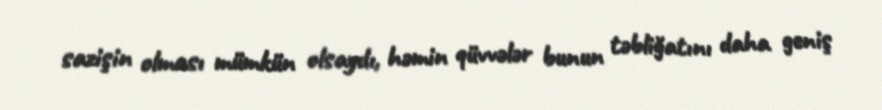
sazişin olması mümkün olsaydı, həmin qüvvələr bunun təbliğatını daha geniş